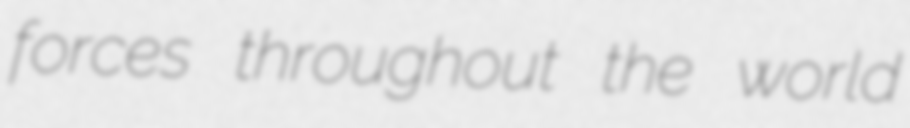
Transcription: forces throughout the world